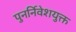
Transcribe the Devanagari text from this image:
पुनर्निवेशयुक्त